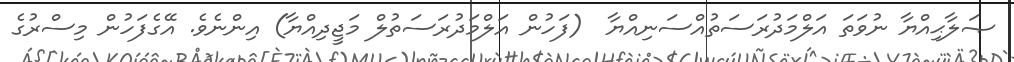
ޞަލާޙިއްޔާ ނުވަތަ އަލްމަދުރަސަތުއްސަނިއްޔާ  (ފަހުން އަލްމަދުރަސަތުލް މަޖީދިއްޔާ) އިންނެވެ. އޭގެފަހުން މިސްރުގެ